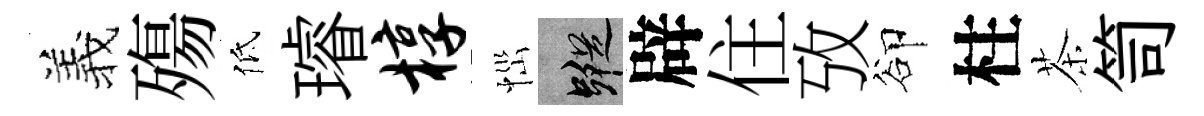
羲殤低璿椁𢙉蹤辟住攷卻柱茶笥